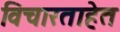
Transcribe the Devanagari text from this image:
विचारताहेत